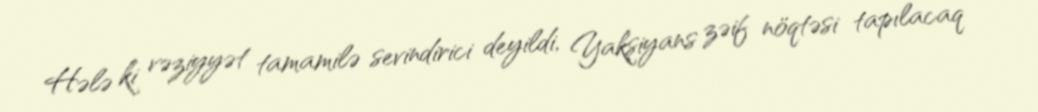
Hələ ki vəziyyət tamamilə sevindirici deyildi, Yakşiyans zəif nöqtəsi tapılacaq